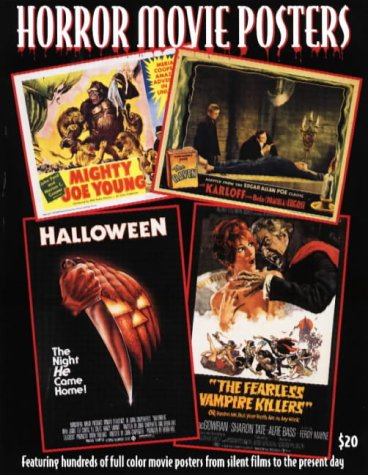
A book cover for Horror Movie Posters (Illustrated History of Movies Through Posters); Crafts, Hobbies & Home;